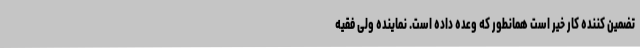
تضمین کننده کار خیر است همانطور که وعده داده است. نماینده ولی فقیه